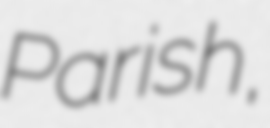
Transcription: Parish,